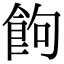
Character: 䬲